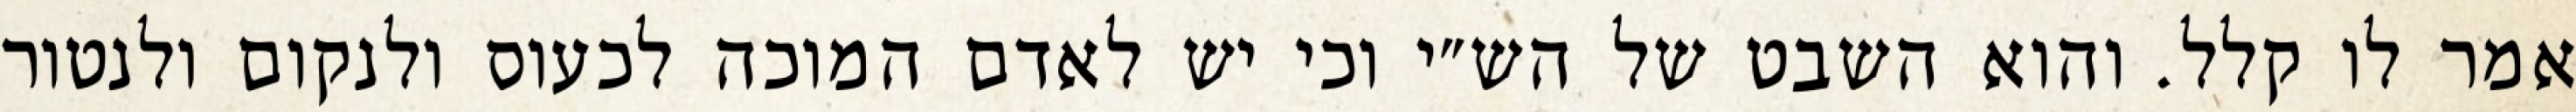
אמר לו קלל. והוא השבט של הש״י וכי יש לאדם המוכה לכעוס ולנקום ולנטור